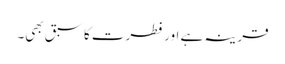
قرینہ ہے اور فطرت کا سبق بھی۔